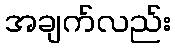
အချက်လည်း